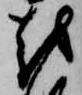
越